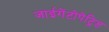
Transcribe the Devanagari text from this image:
जाईगेंटोपेट्रिड